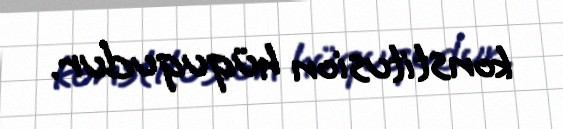
konstitusion hüququdur.